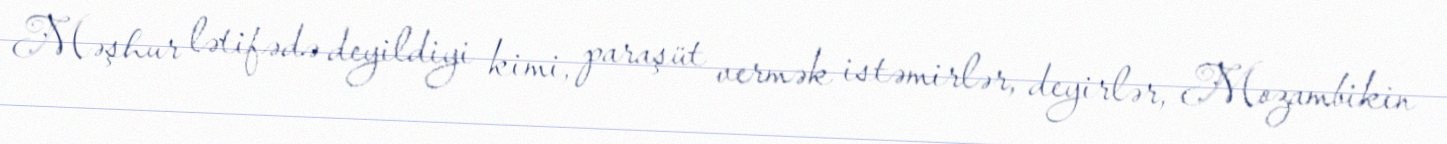
Məşhur lətifədə deyildiyi kimi, paraşüt vermək istəmirlər, deyirlər, Mozambikin